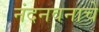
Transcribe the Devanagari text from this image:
नंदनवनाचे